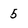
Character: 5